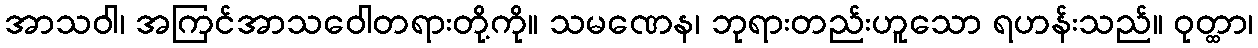
အာသဝါ၊ အကြင်အာသဝေါတရားတို့ကို။ သမဏေန၊ ဘုရားတည်းဟူသော ရဟန်းသည်။ ဝုတ္ထာ၊